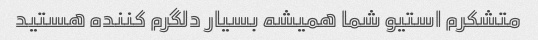
متشکرم استیو شما همیشه بسیار دلگرم کننده هستید